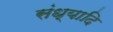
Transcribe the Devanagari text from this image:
संध्यादि